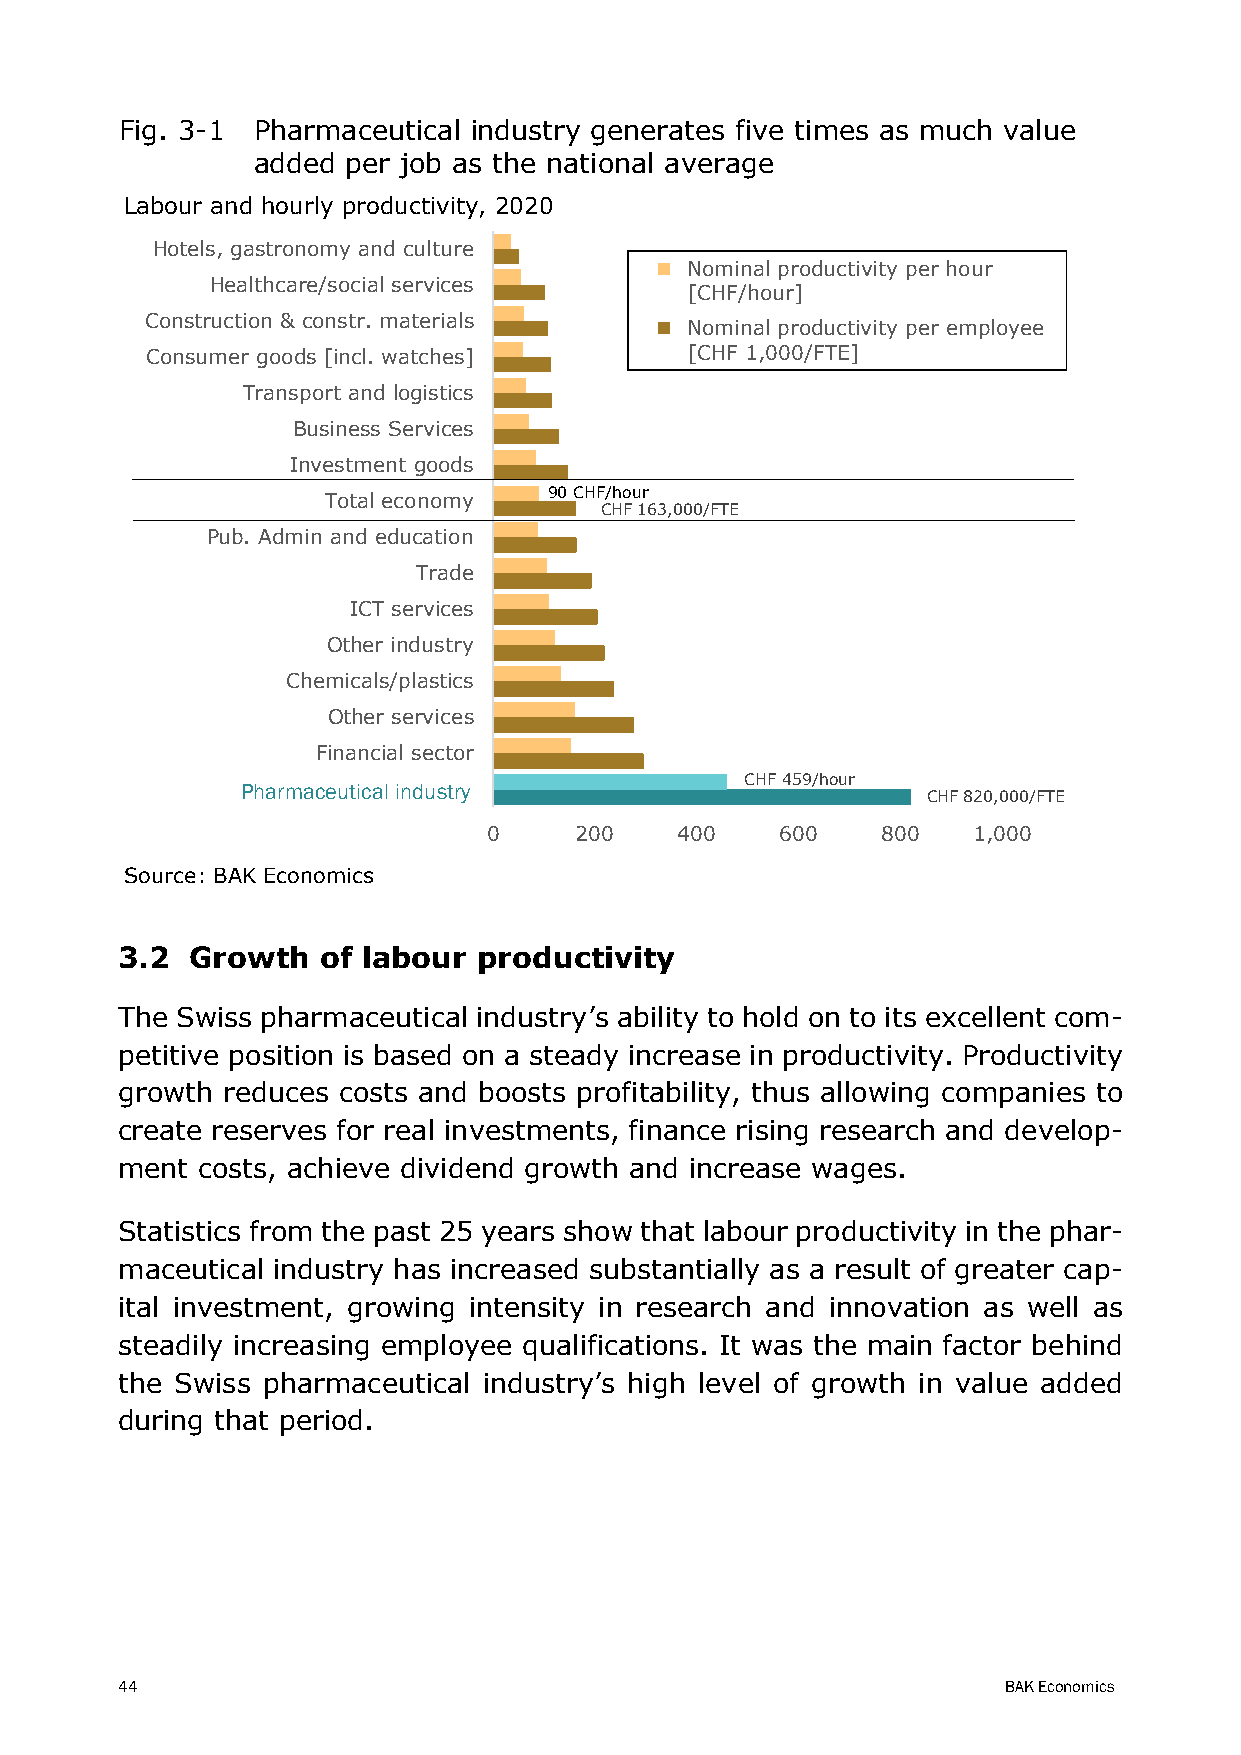
Fig. 3-1 Pharmaceutical industry generates five times as much value
 added per job as the national average
 Labour and hourly productivity, 2020
 Hotels, gastronomy and culture
 Nominal productivity per hour
 Healthcare/social services
 [CHF/hour]
 Construction & constr. materials
 Nominal productivity per employee
 Consumer goods [incl. watches]      [CHF 1,000/FTE]
 Transport and logistics
 Business Services
 Investment goods
 90 CHF/hour
 Total economy
 CHF 163,000/FTE
 Pub. Admin and education
 Trade
 ICT services
 Other industry
 Chemicals/plastics
 Other services
 Financial sector
 CHF 459/hour
 Pharmaceutical industry
 CHF 820,000/FTE
 0     200    400    600   800   1,000
 Source: BAK Economics
 3.2  Growth  of labour  productivity
 The Swiss pharmaceutical industry’s ability to hold on to its excellent com-
 petitive position is based on a steady increase in productivity. Productivity
 growth reduces costs and boosts profitability, thus allowing companies to
 create reserves for real investments, finance rising research and develop-
 ment costs, achieve dividend growth and increase wages.
 Statistics from the past 25 years show that labour productivity in the phar-
 maceutical industry has increased substantially as a result of greater cap-
 ital investment, growing intensity in research and innovation as well as
 steadily increasing employee qualifications. It was the main factor behind
 the Swiss pharmaceutical industry’s high level of growth in value added
 during that period.
 44                                                        BAK Economics